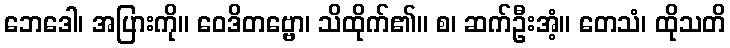
ဘေဒေါ၊ အပြားကို။ ဝေဒိတဗ္ဗော၊ သိထိုက်၏။ စ၊ ဆက်ဦးအံ့။ တေသံ၊ ထိုသတိ